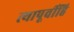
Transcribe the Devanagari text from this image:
त्यापूर्वीहि